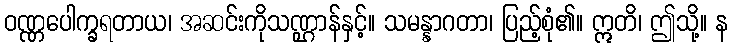
ဝဏ္ဏပေါက္ခရတာယ၊ အဆင်းကိုသဏ္ဌာန်နှင့်။ သမန္နာဂတာ၊ ပြည့်စုံ၏။ ဣတိ၊ ဤသို့။ န